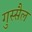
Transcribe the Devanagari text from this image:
गुस्सैल